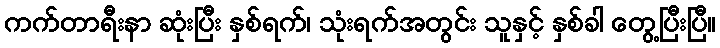
ကက်တာရီးနာ ဆုံးပြီး နှစ်ရက်၊ သုံးရက်အတွင်း သူနှင့် နှစ်ခါ တွေ့ပြီးပြီ။